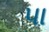
પા